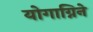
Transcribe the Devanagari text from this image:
योगाग्निने